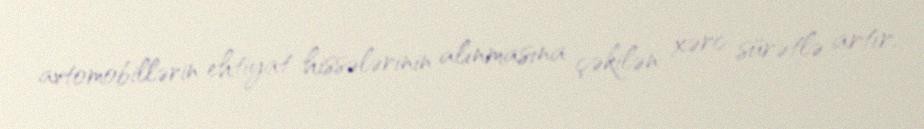
avtomobillərin ehtiyat hissələrinin alınmasına çəkilən xərc sürətlə artır.